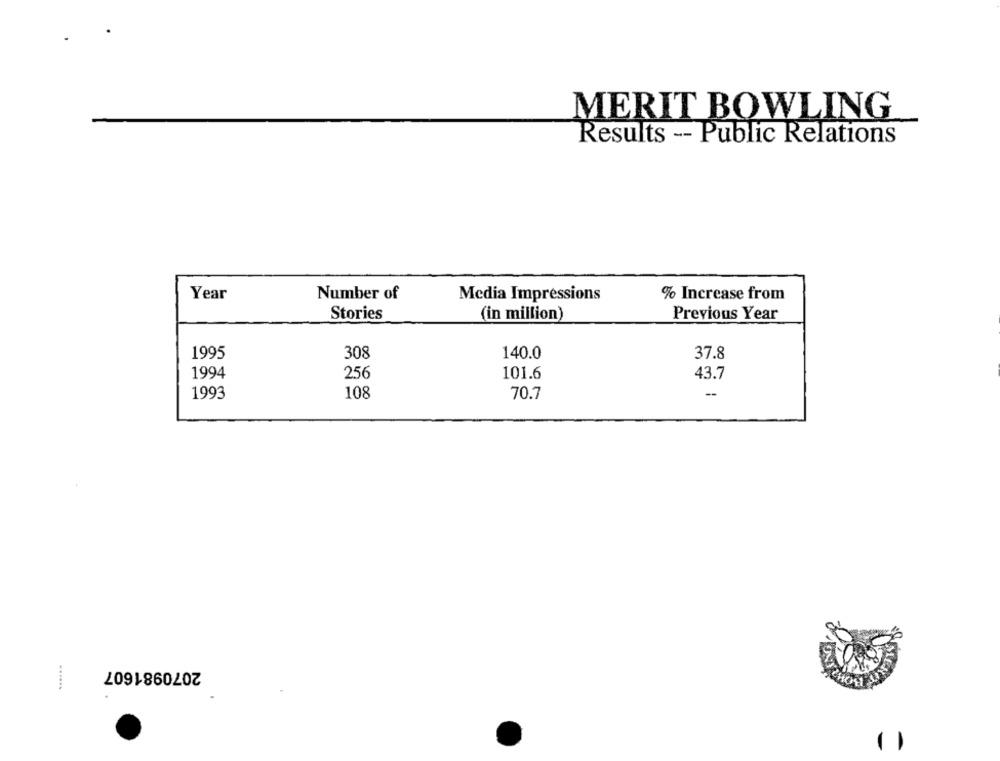
MERIT BOWLING
Results -- Public Relations
Year
Number of
Media Impressions
% Increase from
Stories
(in million)
Previous Year
1995
308
140.0
37.8
1994
256
101.6
43.7
1993
108
70.7
--
2070981607
......